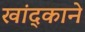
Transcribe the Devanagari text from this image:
खांद्काने